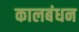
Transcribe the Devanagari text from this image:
कालबंधन